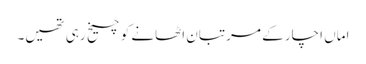
اماں اچار کے مرتبان اٹھانے کو چیخ رہی تھیں۔